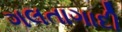
ગલતાગાદી